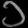
Digit: ၁